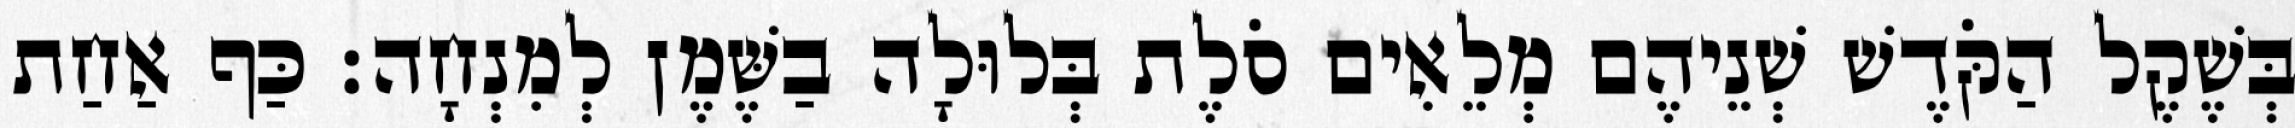
בְּשֶׁקֶל הַקֹּדֶשׁ שְׁנֵיהֶם מְלֵאִים סֹלֶת בְּלוּלָה בַשֶּׁמֶן לְמִנְחָה׃ כַּף אַחַת